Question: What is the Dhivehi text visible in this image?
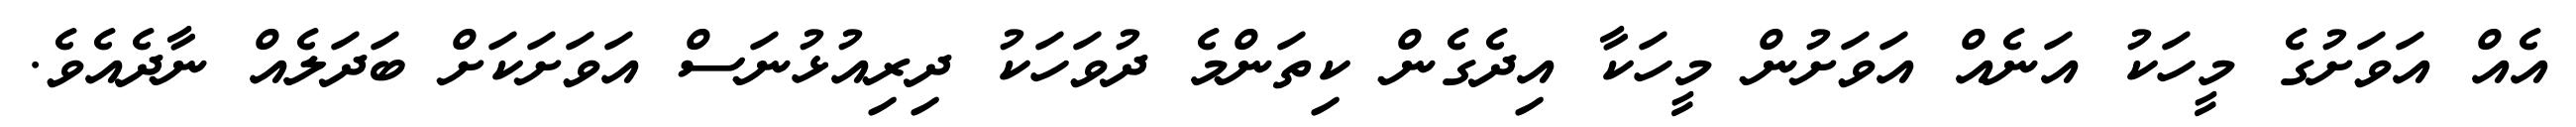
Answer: އެއް އަވަށުގެ މީހަކު އަނެއް އަވަށުން މީހަކާ އިދެގެން ކިތަންމެ ދުވަހަކު ދިރިއުޅުނަސް އަވަށަކަށް ބަދަލެއް ނާދެއެވެ.